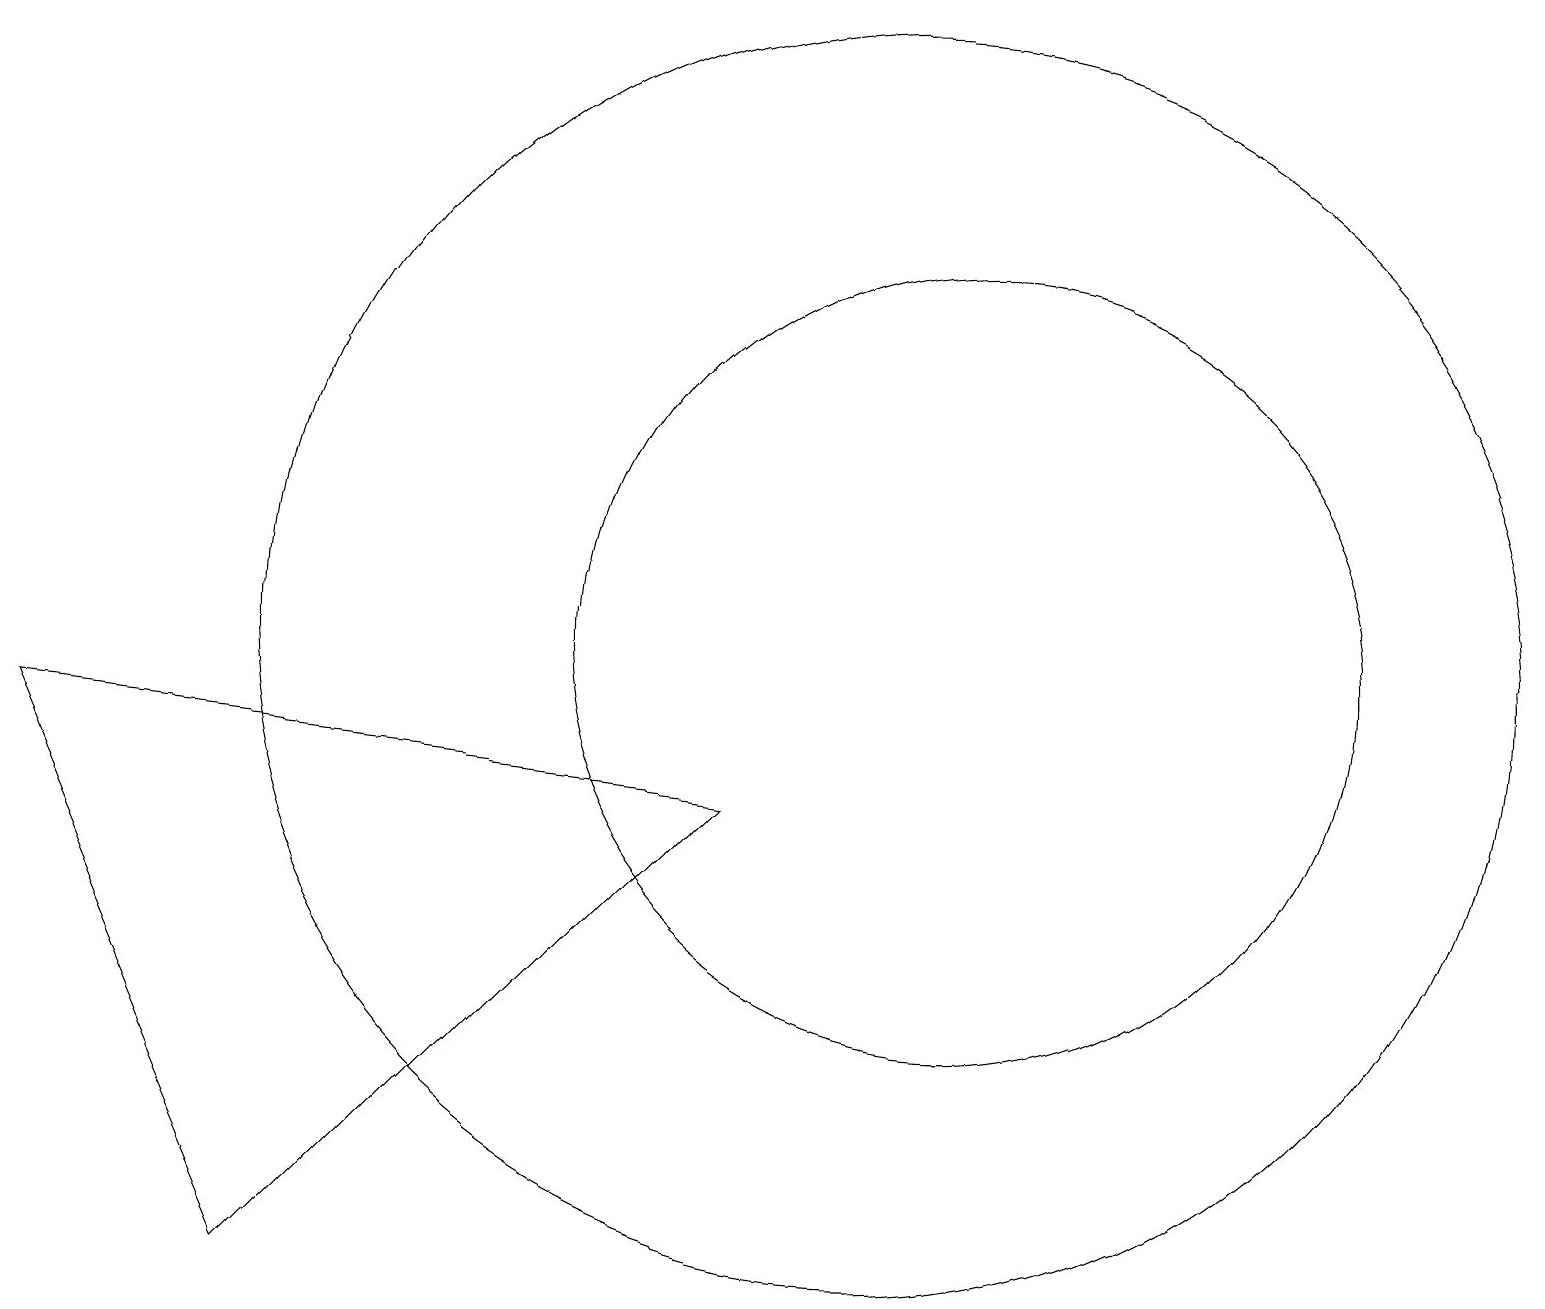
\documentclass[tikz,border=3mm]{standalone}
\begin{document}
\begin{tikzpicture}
\draw (9,8) -- (3,2) -- (0,9) -- cycle;
\draw (11,10) circle (8);
\draw (12,10) circle (0);
\draw (12,10) circle (5);
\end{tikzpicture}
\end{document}